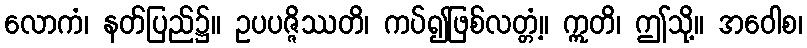
လောကံ၊ နတ်ပြည်၌။ ဥပပဇ္ဇိဿတိ၊ ကပ်၍ဖြစ်လတ္တံ့။ ဣတိ၊ ဤသို့။ အဝေါစ၊